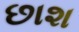
છાશ